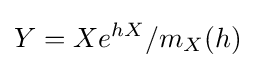
Y=Xe^{hX}/m_{X}(h)